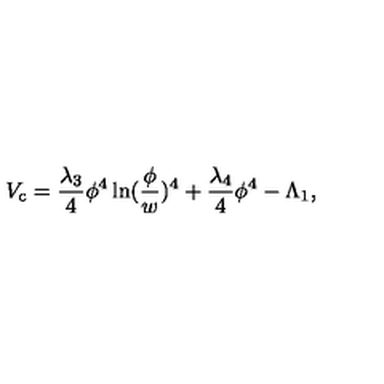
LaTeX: V _ { \mathrm { c } } = { \frac { \lambda _ { 3 } } { 4 } } \phi ^ { 4 } \ln ( { \frac { \phi } { w } } ) ^ { 4 } + { \frac { \lambda _ { 4 } } { 4 } } \phi ^ { 4 } - \Lambda _ { 1 } ,